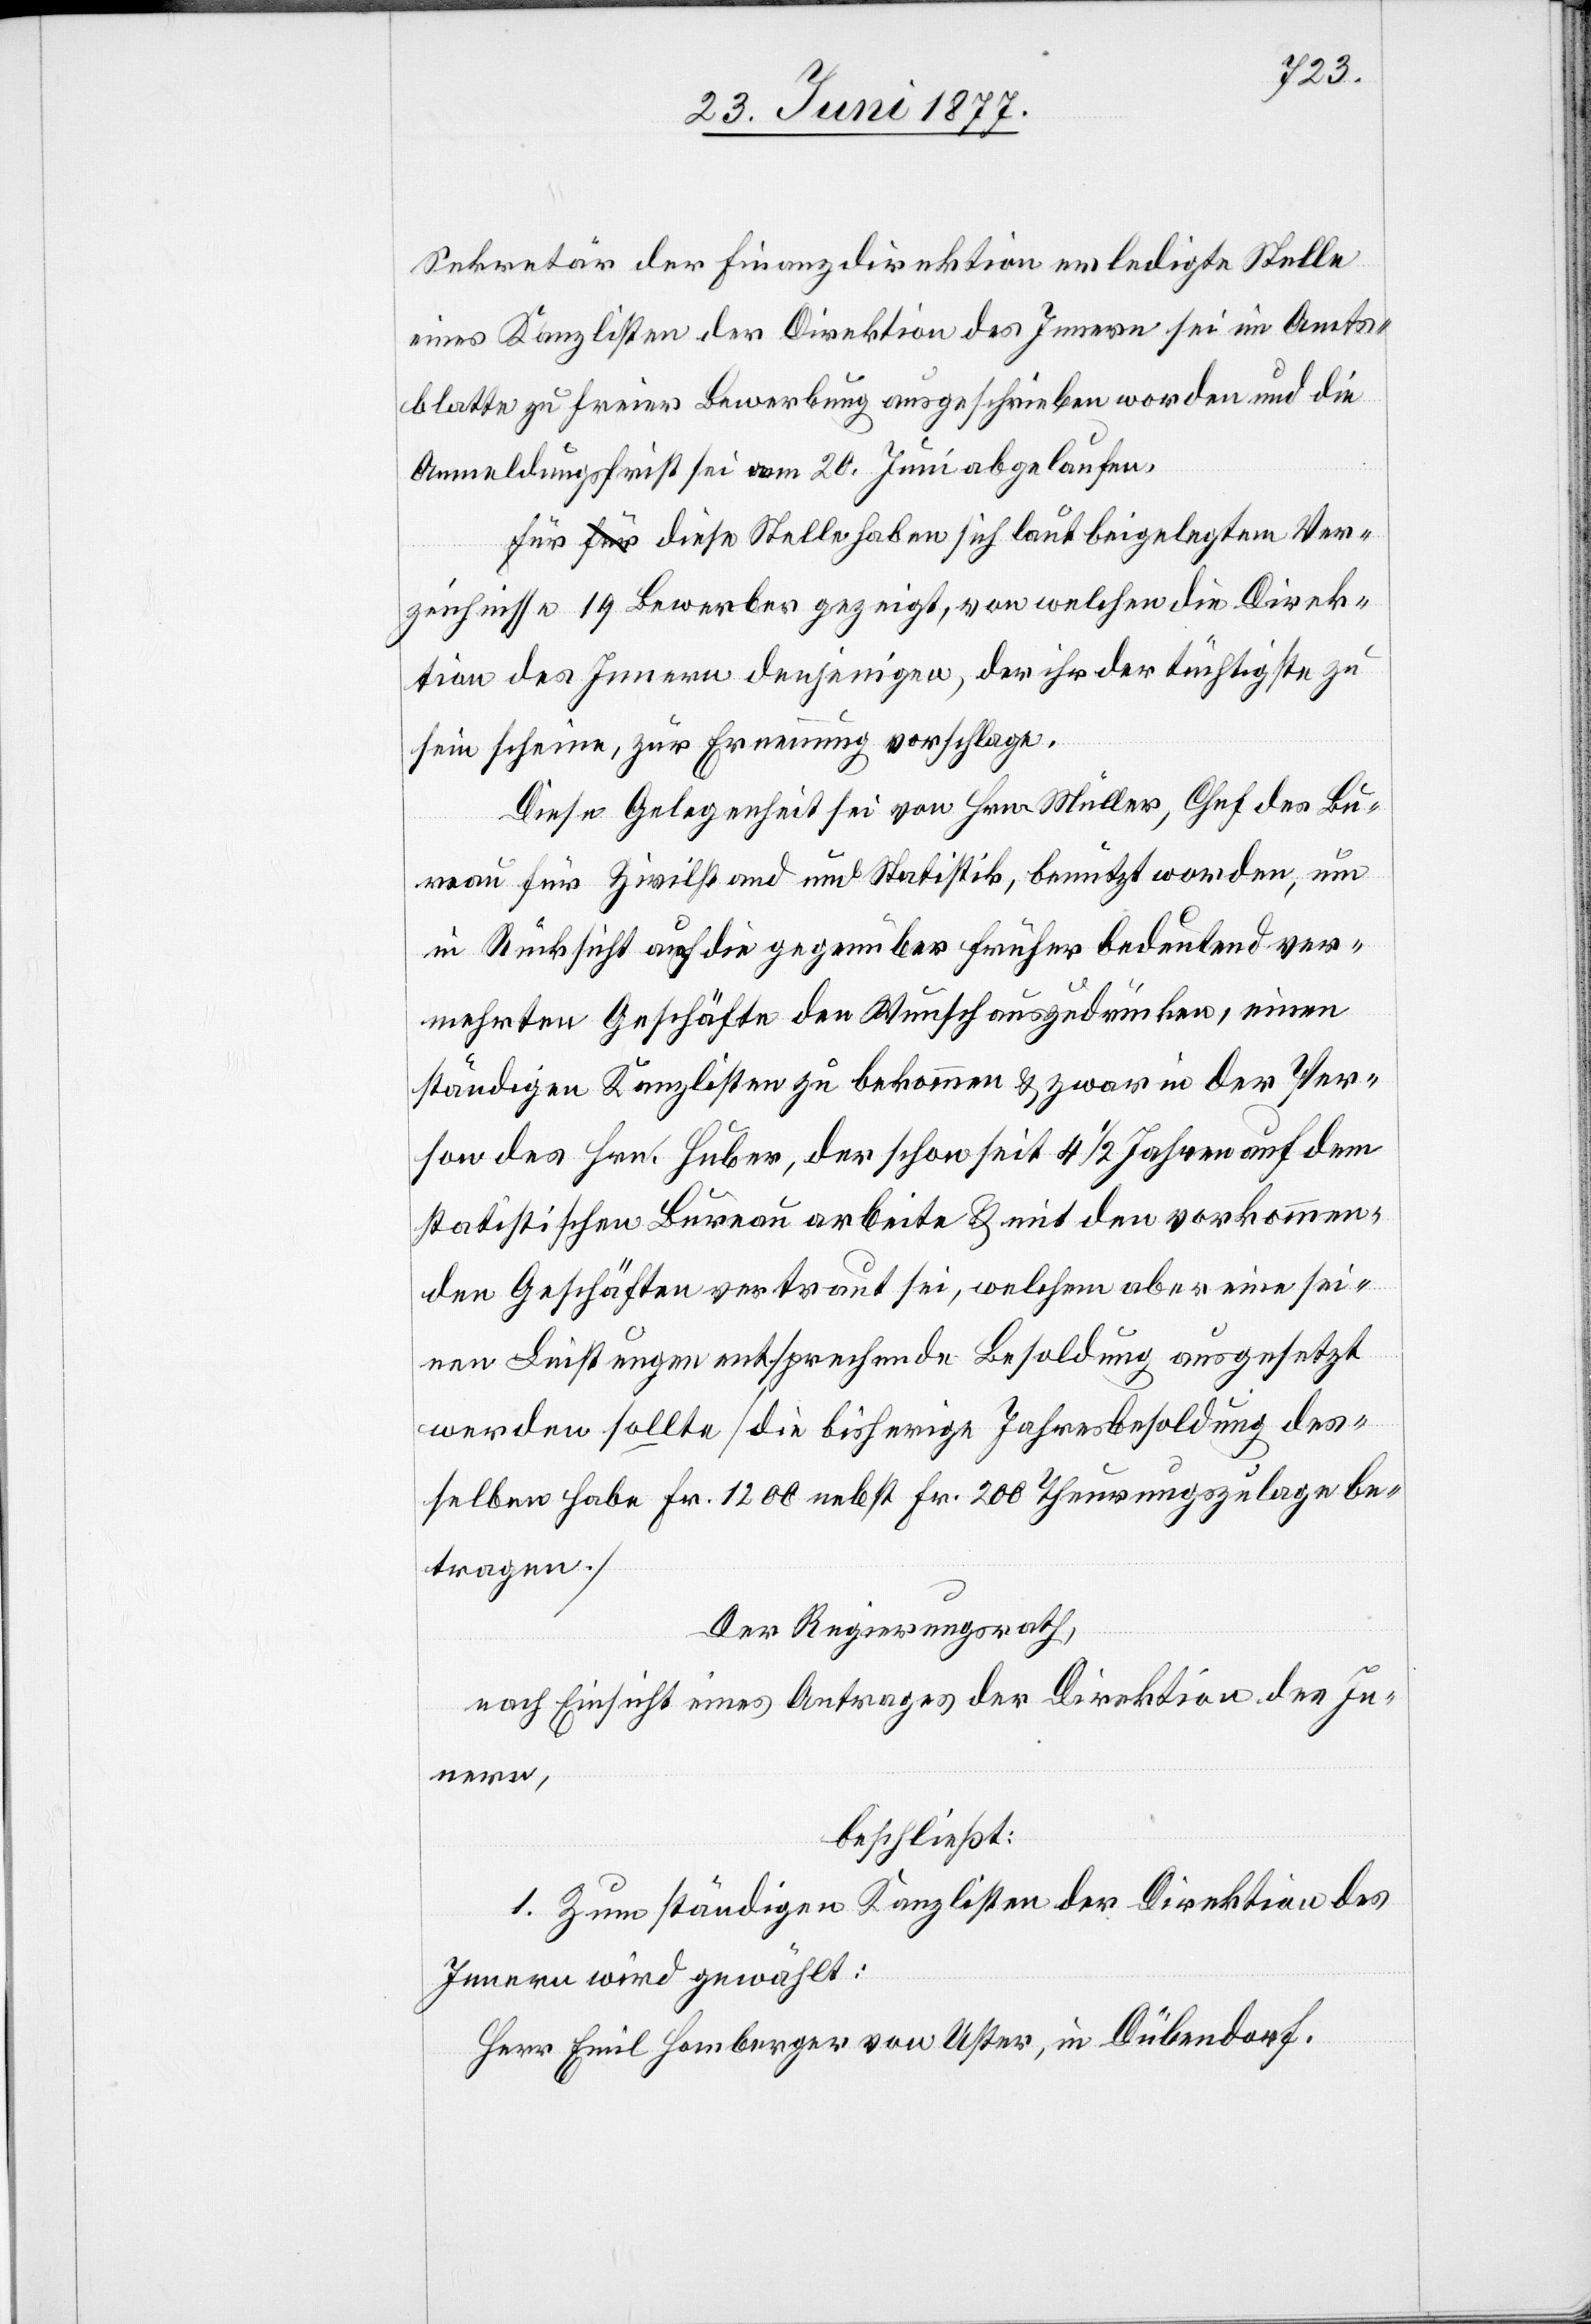
Sekretär der Finanzdirektion erledigte Stelle
eines Kanzlisten der Direktion des Innern sei im Amts¬
blatte zu freier Bewerbung ausgeschrieben worden und die
Anmeldungsfrist sei am 20. Juni abgelaufen.
Für diese Stelle haben sich laut beigelegtem Ver¬
zeichnisse 19 Bewerber gezeigt, von welchen die Direk¬
tion des Innern denjenigen, der ihr der tüchtigste zu
sein scheine, zur Ernennung vorschlage.
Diese Gelegenheit sei von Hrn. Müller, Chef des Bu¬
reau für Zivilstand und Statistik, benutzt worden, um
in Rücksicht auf die gegenüber früher bedeutend ver¬
mehrten Geschäfte den Wunsch auszudrücken, einen
ständigen Kanzlisten zu bekommen & zwar in der Per¬
son des Hrn. Huber, der schon seit 4 1/2 Jahren auf dem
statistischen Bureau arbeite & mit den vorkommen¬
den Geschäften vertraut sei, welchem aber eine sei¬
nen Leistungen entsprechende Besoldung ausgesetzt
werden sollte [die bisherige Jahresbesoldung des¬
selben habe Fr. 1200 nebst Fr. 200 Theurungszulage be¬
tragen.]
Der Regierungsrath,
nach Einsicht eines Antrages der Direktion des In¬
nern,
beschließt:
1. Zum ständigen Kanzlisten der Direktion des
Innern wird gewählt:
Herr Emil Homberger von Uster, in Dübendorf.